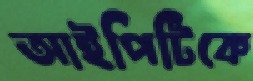
আইপিটিকে